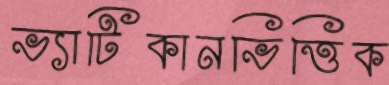
ভ্যাটিকানভিত্তিক